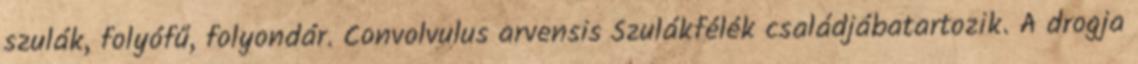
szulák, folyófű, folyondár. Convolvulus arvensis Szulákfélék családjábatartozik. A drogja